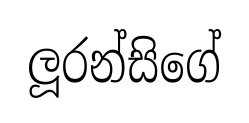
ලූරන්සිගේ